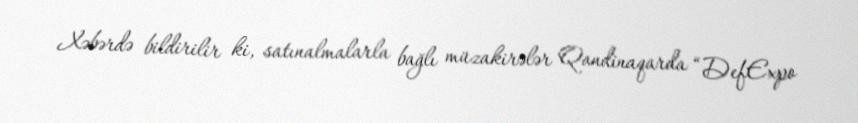
Xəbərdə bildirilir ki, satınalmalarla bağlı müzakirələr Qandinaqarda “DefExpo